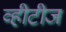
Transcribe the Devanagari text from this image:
व्हीटीज